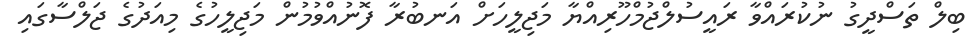
ބިލް ތަސްދީގު ނުކުރައްވާ ރައީސުލްޖުމްހޫރިއްޔާ މަޖިލީހަށް އަނބުރާ ފޮނުއްވުމުން މަޖިލީހުގެ މިއަދުގެ ޖަލްސާގައި